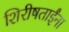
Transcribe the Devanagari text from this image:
शिरीषताईंना